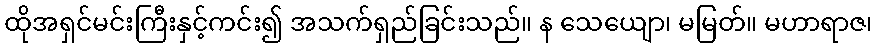
ထိုအရှင်မင်းကြီးနှင့်ကင်း၍ အသက်ရှည်ခြင်းသည်။ န သေယျော၊ မမြတ်။ မဟာရာဇ၊